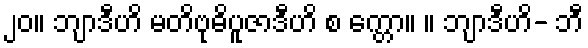
၂၀။ ဘျာဒီဟိ မတိဗုဓိပူဇာဒီဟိ စ က္တော။ ။ ဘျာဒီဟိ- ဘီ